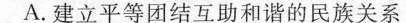
A. 建立平等团结互助和谐的民族关系